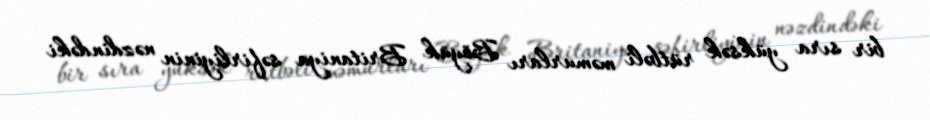
bir sıra yüksək rütbəli məmurları Böyük Britaniya səfirliyinin nəzdindəki